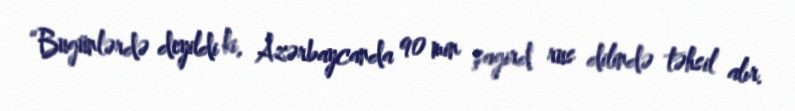
“Bugünlərdə deyildi ki, Azərbaycanda 90 min şagird rus dilində təhsil alır.